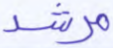
مرشد